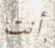
أنت